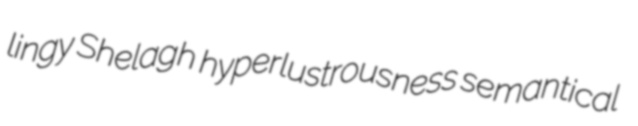
lingy Shelagh hyperlustrousness semantical